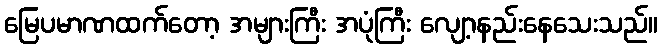
မြေပမာဏထက်တော့ အများကြီး အပုံကြီး လျော့နည်းနေသေးသည်။